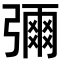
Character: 𭛅